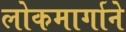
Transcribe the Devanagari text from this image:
लोकमार्गाने